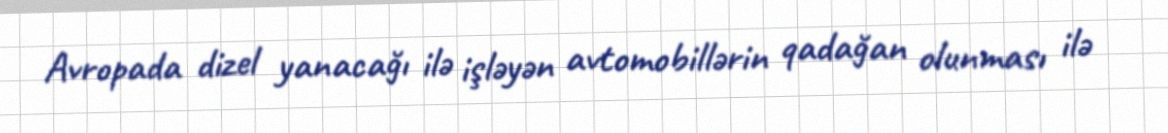
Avropada dizel yanacağı ilə işləyən avtomobillərin qadağan olunması ilə